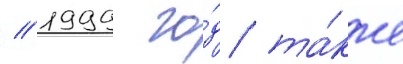
// 1999 го́д та́кже